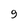
Character: 9